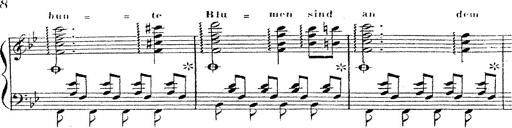
Title: 12 Lieder von Franz Schubert
Composer: Franz Liszt